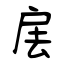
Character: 㧁